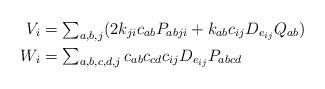
LaTeX: \begin{align*}V_i & = \textstyle\sum_{a,b,j} (2k_{ji}c_{ab}P_{abji} + k_{ab} c_{ij} D_{e_{ij}} Q_{ab})\\W_i & = \textstyle\sum_{a,b,c,d,j} c_{ab}c_{cd}c_{ij} D_{e_{ij}}P_{abcd}\end{align*}